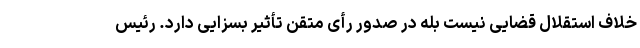
خلاف استقلال قضایی نیست بله در صدور رأی متقن تأثیر بسزایی دارد. رئیس